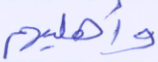
وأهليهم